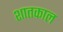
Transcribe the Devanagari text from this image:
शातकाल